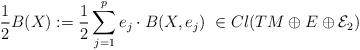
LaTeX: \begin{align*}\frac{1}{2}B(X):=\frac{1}{2}\sum_{j=1}^pe_j\cdot B(X,e_j)\ \in Cl(TM\oplus E\oplus \mathcal{E}_2)\end{align*}